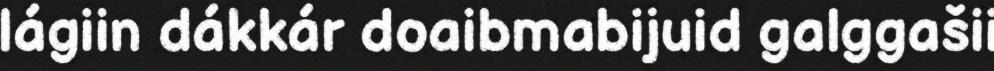
lágiin dákkár doaibmabijuid galggašii